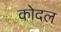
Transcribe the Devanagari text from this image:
कोदल